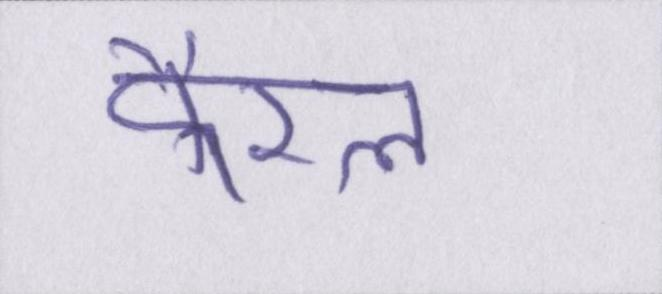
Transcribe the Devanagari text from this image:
कैरल